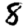
Digit: 8